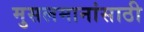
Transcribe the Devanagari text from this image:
मुसलमानांसाठी